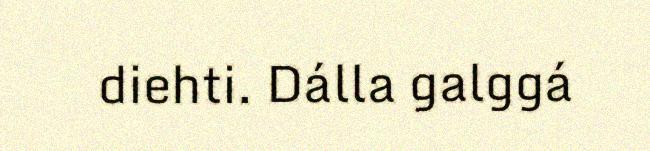
diehti. Dálla galggá